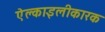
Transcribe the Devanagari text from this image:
ऐल्काइलीकारक